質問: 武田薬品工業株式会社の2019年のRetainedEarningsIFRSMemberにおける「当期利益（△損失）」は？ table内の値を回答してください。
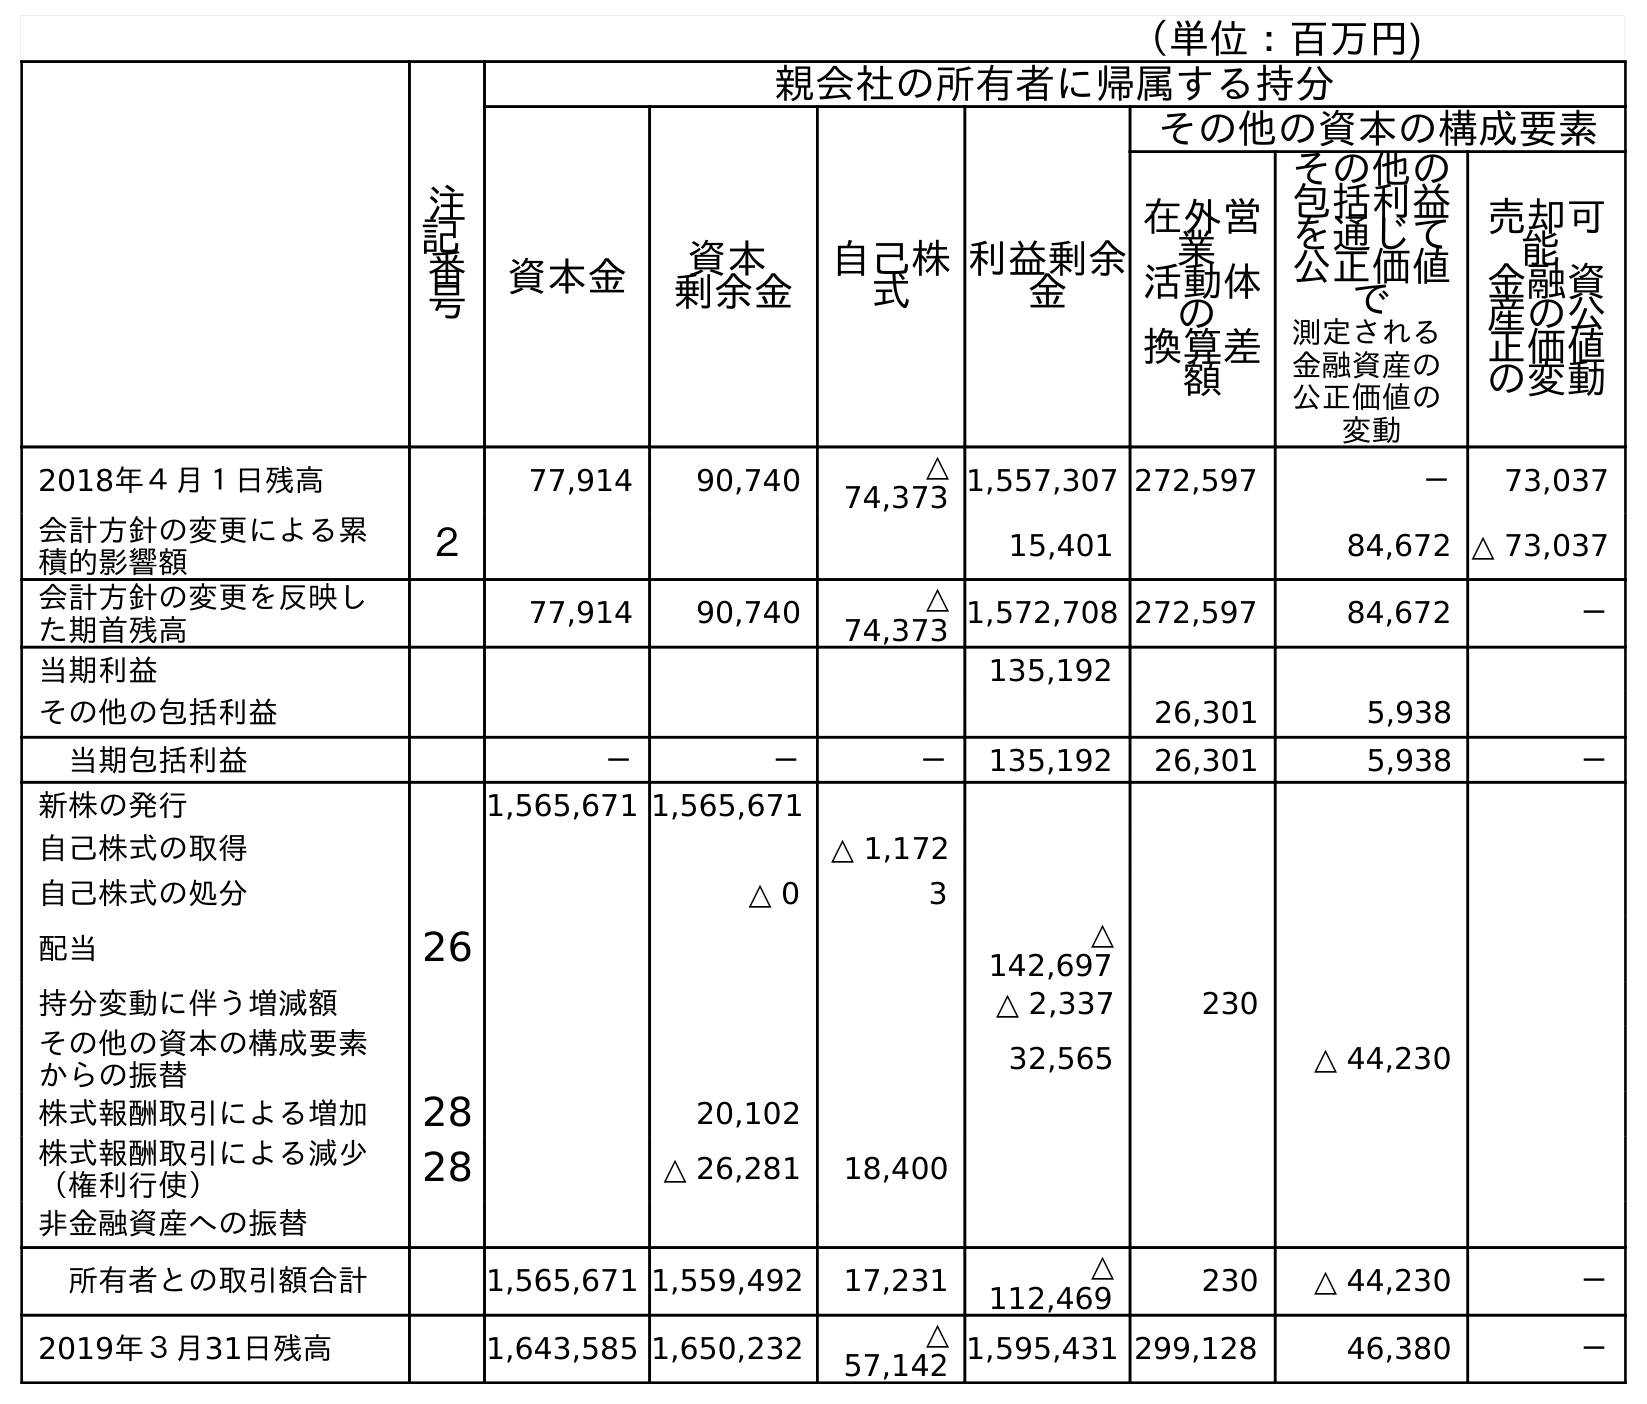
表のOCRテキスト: （単位：百万円) 注 記 番 号 親会社の所有者に帰属する持分 資本金 資本 剰余金 自己株 式 利益剰余 金 その他の資本の構成要素 在外営 業 活動体 の 換算差 額 その他の 包括利益 を通じて 公正価値 で 測定される 金融資産の 公正価値の 変動 売却可 能 金融資 産の公 正価値 の変動 2018年４月１日残高 77,914 90,740 △ 74,373 1,557,307 272,597 － 73,037 会計方針の変更による累 積的影響額 ２ 15,401 84,672 △ 73,037 会計方針の変更を反映し た期首残高 77,914 90,740 △ 74,373 1,572,708 272,597 84,672 － 当期利益 135,192 その他の包括利益 26,301 5,938 当期包括利益 － － － 135,192 26,301 5,938 － 新株の発行 1,565,671 1,565,671 自己株式の取得 △ 1,172 自己株式の処分 △ 0 3 配当 26 △ 142,697 持分変動に伴う増減額 △ 2,337 230 その他の資本の構成要素 からの振替 32,565 △ 44,230 株式報酬取引による増加 28 20,102 株式報酬取引による減少 （権利行使） 28 △ 26,281 18,400 非金融資産への振替 所有者との取引額合計 1,565,671 1,559,492 17,231 △ 112,469 230 △ 44,230 － 2019年３月31日残高 1,643,585 1,650,232 △ 57,142 1,595,431 299,128 46,380 －
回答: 135,192